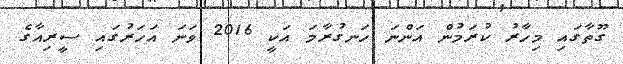
ގޫތާގައި މިހާރު ކުރަމުން އަންނަ ހަނގުރާމަ އަކީ 2016 ވަނަ އަހަރުގައި ސީރިއާގެ